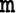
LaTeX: \boldsymbol{\mathtt{m}}